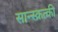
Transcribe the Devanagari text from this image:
सान्स्क्रत्की